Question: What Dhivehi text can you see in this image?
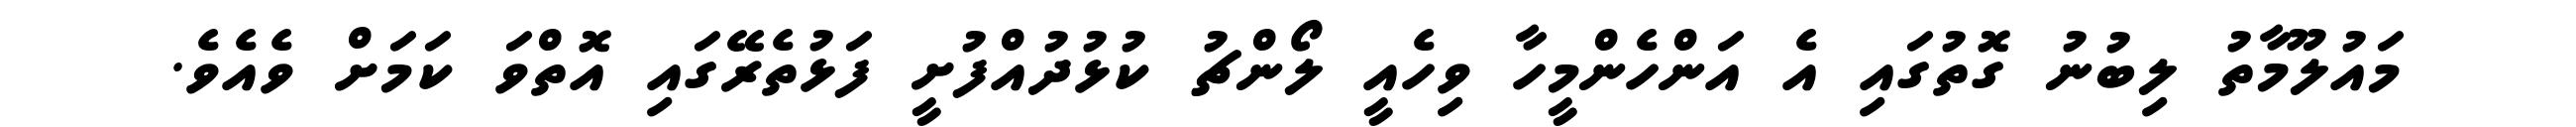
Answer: މައުލޫމާތު ލިބުނު ގޮތުގައި އެ އަންހެންމީހާ ވިހެއީ ލޯންޗު ކުޅުދުއްފުށީ ފަޅުތެރޭގައި އޮތްވަ ކަމަށް ވެއެވެ.